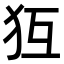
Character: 𤜷